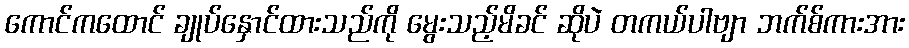
ကောင်ကထောင် ချုပ်နှောင်ထားသည်ကို မွေးသည့်မိခင် ဆိုပဲ တကယ်ပါဗျာ ဘက်စ်ကားအား